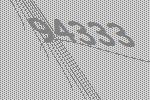
94333